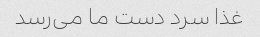
غذا سرد دست ما می‌رسد